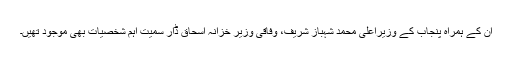
ان کے ہمراہ پنجاب کے وزیراعلیٰ محمد شہباز شریف، وفاقی وزیر خزانہ اسحاق ڈار سمیت اہم شخصیات بھی موجود تھیں۔